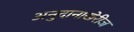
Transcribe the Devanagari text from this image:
अनुदानाखेरीज